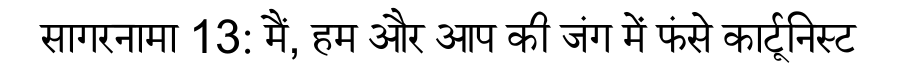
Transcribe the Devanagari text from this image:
सागरनामा 13: मैं, हम और आप की जंग में फंसे कार्टूनिस्ट